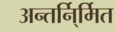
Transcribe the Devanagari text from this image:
अन्तर्नि्र्मित